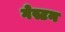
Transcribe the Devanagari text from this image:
गेस्टन